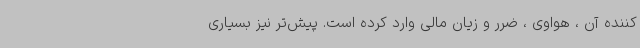
کننده آن ، هواوی ،‌ ضرر و زیان مالی وارد کرده است. پیش‌تر نیز بسیاری